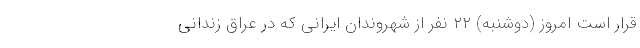
قرار است امروز (دوشنبه) ۲۲ نفر از شهروندان ایرانی که در عراق زندانی